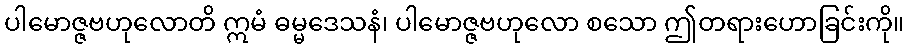
ပါမောဇ္ဇဗဟုလောတိ ဣမံ ဓမ္မဒေသနံ၊ ပါမောဇ္ဇဗဟုလော စသော ဤတရားဟောခြင်းကို။